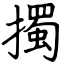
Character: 擉